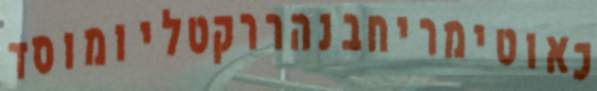
כאוטימריחבנהררקטליומוסד